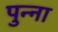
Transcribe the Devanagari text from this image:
पुन्ना